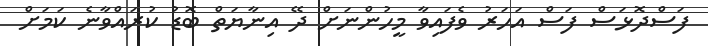
ފަސްދޮޅަސް ފަސް އަހަރު ވެފައިވާ މީހުންނަށް ދޭ އިނާޔަތް ބޮޑު ކުރައްވާނެ ކަމަށް